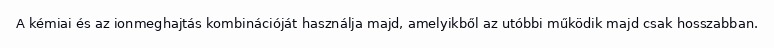
A kémiai és az ionmeghajtás kombinációját használja majd, amelyikből az utóbbi működik majd csak hosszabban.